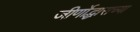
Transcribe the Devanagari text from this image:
जीर्णोद्धाराच्या